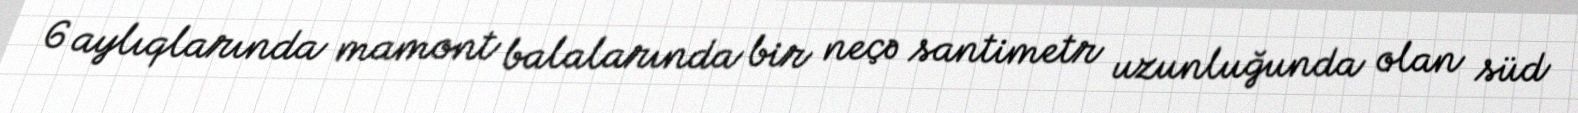
6 aylıqlarında mamont balalarında bir neçə santimetr uzunluğunda olan süd